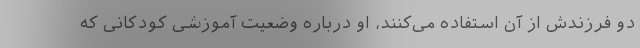
دو فرزندش از آن استفاده می‌کنند، او درباره وضعیت آموزشی کودکانی که